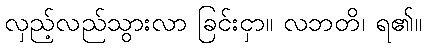
လှည့်လည်သွားလာ ခြင်းငှာ။ လဘတိ၊ ရ၏။